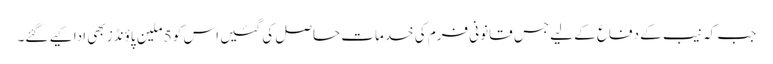
جب کہ نیب کے دفاع کے لیے جس قانونی فرم کی خدمات حاصل کی گئیں اس کو 5 ملین پاؤنڈز بھی ادا کیے گئے۔